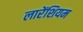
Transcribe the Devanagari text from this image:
लारेंशियम